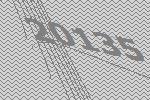
20135